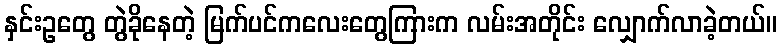
နှင်းဥတွေ တွဲခိုနေတဲ့ မြက်ပင်ကလေးတွေကြားက လမ်းအတိုင်း လျှောက်လာခဲ့တယ်။